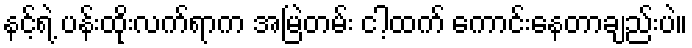
နင့်ရဲ့ ပန်းထိုးလက်ရာက အမြဲတမ်း ငါ့ထက် ကောင်းနေတာချည်းပဲ။